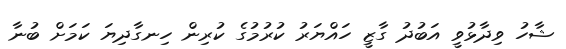
ޝާހު ވިދާޅުވީ އަބުދު ގާޒީ ހައްޔަރު ކުރުމުގެ ކުރިން ހިނގާދިޔަ ކަމަށް ބުނާ